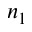
n _ { 1 }